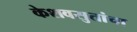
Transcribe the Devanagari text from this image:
केशवसुतांचा